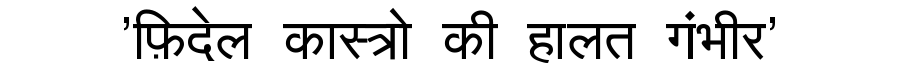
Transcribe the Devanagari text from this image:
'फ़िदेल कास्त्रो की हालत गंभीर'